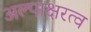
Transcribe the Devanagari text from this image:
अल्पाक्षरत्व